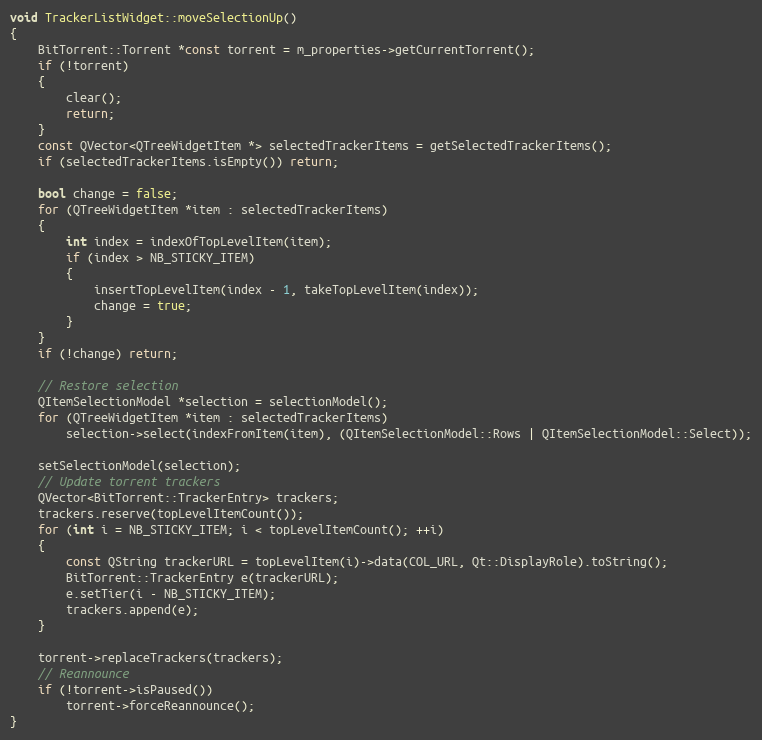
Language: C++
void TrackerListWidget::moveSelectionUp()
{
    BitTorrent::Torrent *const torrent = m_properties->getCurrentTorrent();
    if (!torrent)
    {
        clear();
        return;
    }
    const QVector<QTreeWidgetItem *> selectedTrackerItems = getSelectedTrackerItems();
    if (selectedTrackerItems.isEmpty()) return;

    bool change = false;
    for (QTreeWidgetItem *item : selectedTrackerItems)
    {
        int index = indexOfTopLevelItem(item);
        if (index > NB_STICKY_ITEM)
        {
            insertTopLevelItem(index - 1, takeTopLevelItem(index));
            change = true;
        }
    }
    if (!change) return;

    // Restore selection
    QItemSelectionModel *selection = selectionModel();
    for (QTreeWidgetItem *item : selectedTrackerItems)
        selection->select(indexFromItem(item), (QItemSelectionModel::Rows | QItemSelectionModel::Select));

    setSelectionModel(selection);
    // Update torrent trackers
    QVector<BitTorrent::TrackerEntry> trackers;
    trackers.reserve(topLevelItemCount());
    for (int i = NB_STICKY_ITEM; i < topLevelItemCount(); ++i)
    {
        const QString trackerURL = topLevelItem(i)->data(COL_URL, Qt::DisplayRole).toString();
        BitTorrent::TrackerEntry e(trackerURL);
        e.setTier(i - NB_STICKY_ITEM);
        trackers.append(e);
    }

    torrent->replaceTrackers(trackers);
    // Reannounce
    if (!torrent->isPaused())
        torrent->forceReannounce();
}